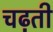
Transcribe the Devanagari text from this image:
चढ़़ती